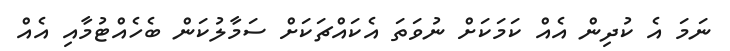
ނަމަ އެ ކުދިން އެއް ކަމަކަށް ނުވަތަ އެކައްޗަކަށް ސަމާލުކަން ބެހެއްޓުމާއި އެއް